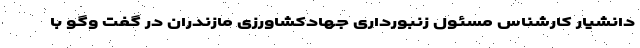
دانشیار کارشناس مسئول زنبورداری جهادکشاورزی مازندران در گفت وگو با